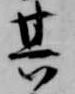
其